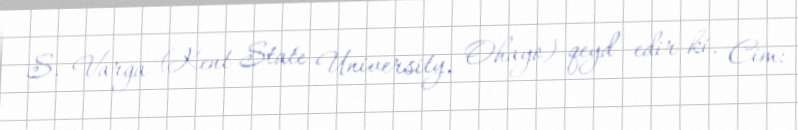
S. Varga (Kent State University, Ohayo) qeyd edir ki, Cim: